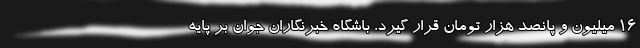
۱۶ میلیون و پانصد هزار تومان قرار گیرد. باشگاه خبرنگاران جوان بر پایه